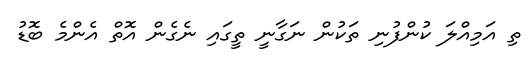
ތި އަމިއްލަ ކުންފުނި ތަކުން ނަގާނީ ތީގައި ނެގެން އޮތް އެންމެ ބޮޑު